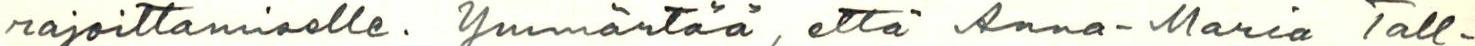
rajoittamiselle. Ymmärtää, että Anna-Maria Tall-